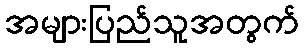
အများပြည်သူအတွက်